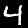
Digit: 4